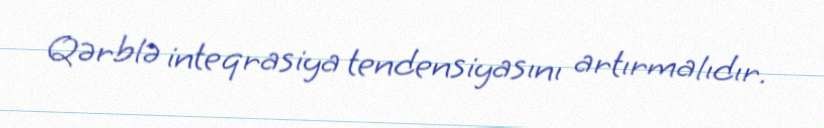
Qərblə inteqrasiya tendensiyasını artırmalıdır.